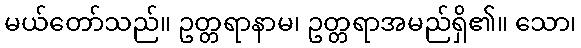
မယ်တော်သည်။ ဥတ္တရာနာမ၊ ဥတ္တရာအမည်ရှိ၏။ သော၊